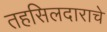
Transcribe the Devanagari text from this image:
तहसिलदाराचे